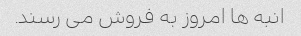
انبه ها امروز به فروش می رسند.